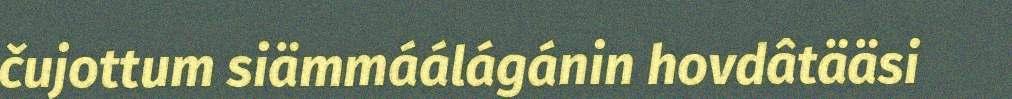
čujottum siämmáálágánin hovdâtääsi